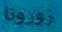
ذورونا